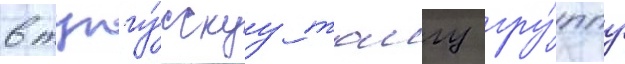
в тунгу́сскуу таигу гру́ппу